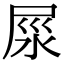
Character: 𡱴